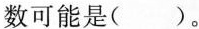
数可能是( )。